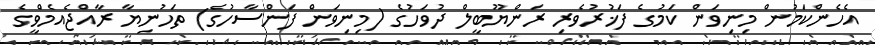
އެހެންކަމުން މިނިވަން ކަމުގެ ފަޚުރުވެރި ރަންޔޫބީލް ދުވަހުގެ (މިނިވަން ފަންސާހުގެ) ތަހުނިޔާ ރާއްޖެއެމްވީގެ